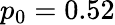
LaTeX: p_{0}=0.52